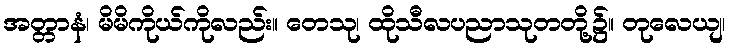
အတ္တာနံ၊ မိမိကိုယ်ကိုလည်း။ တေသု၊ ထိုသီလပညာသုတတို့၌။ တုလေယျ၊